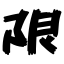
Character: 限